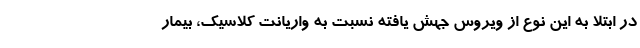
در ابتلا به این نوع از ویروس جهش یافته نسبت به واریانت کلاسیک، بیمار